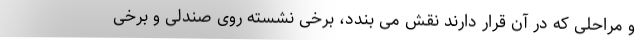
و مراحلی که در آن قرار دارند نقش می بندد، برخی نشسته روی صندلی و برخی